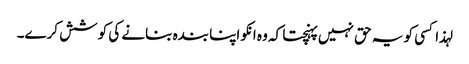
لہذا کسی کو یہ حق نہیں پہنچتا کہ وہ انکو اپنا بندہ بنانے کی کوشش کرے۔